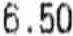
6.50